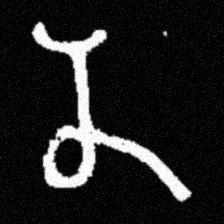
Pyu character \u2014 Myanmar letter: န (romanized: na)